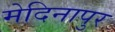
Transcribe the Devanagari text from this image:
मेदिनापुर